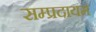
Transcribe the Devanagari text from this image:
सम्प्रदायम